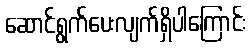
ဆောင်ရွက်ပေးလျက်ရှိပါကြောင်း